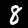
Digit: 8